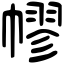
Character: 𢄪